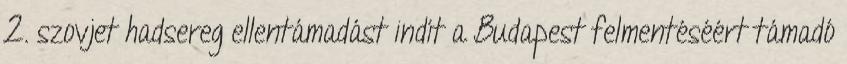
2. szovjet hadsereg ellentámadást indít a Budapest felmentéséért támadó